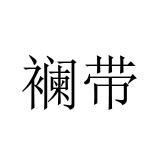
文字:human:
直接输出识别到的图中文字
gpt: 襕带